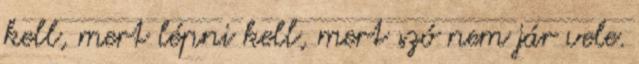
kell, mert lépni kell, mert szó nem jár vele.